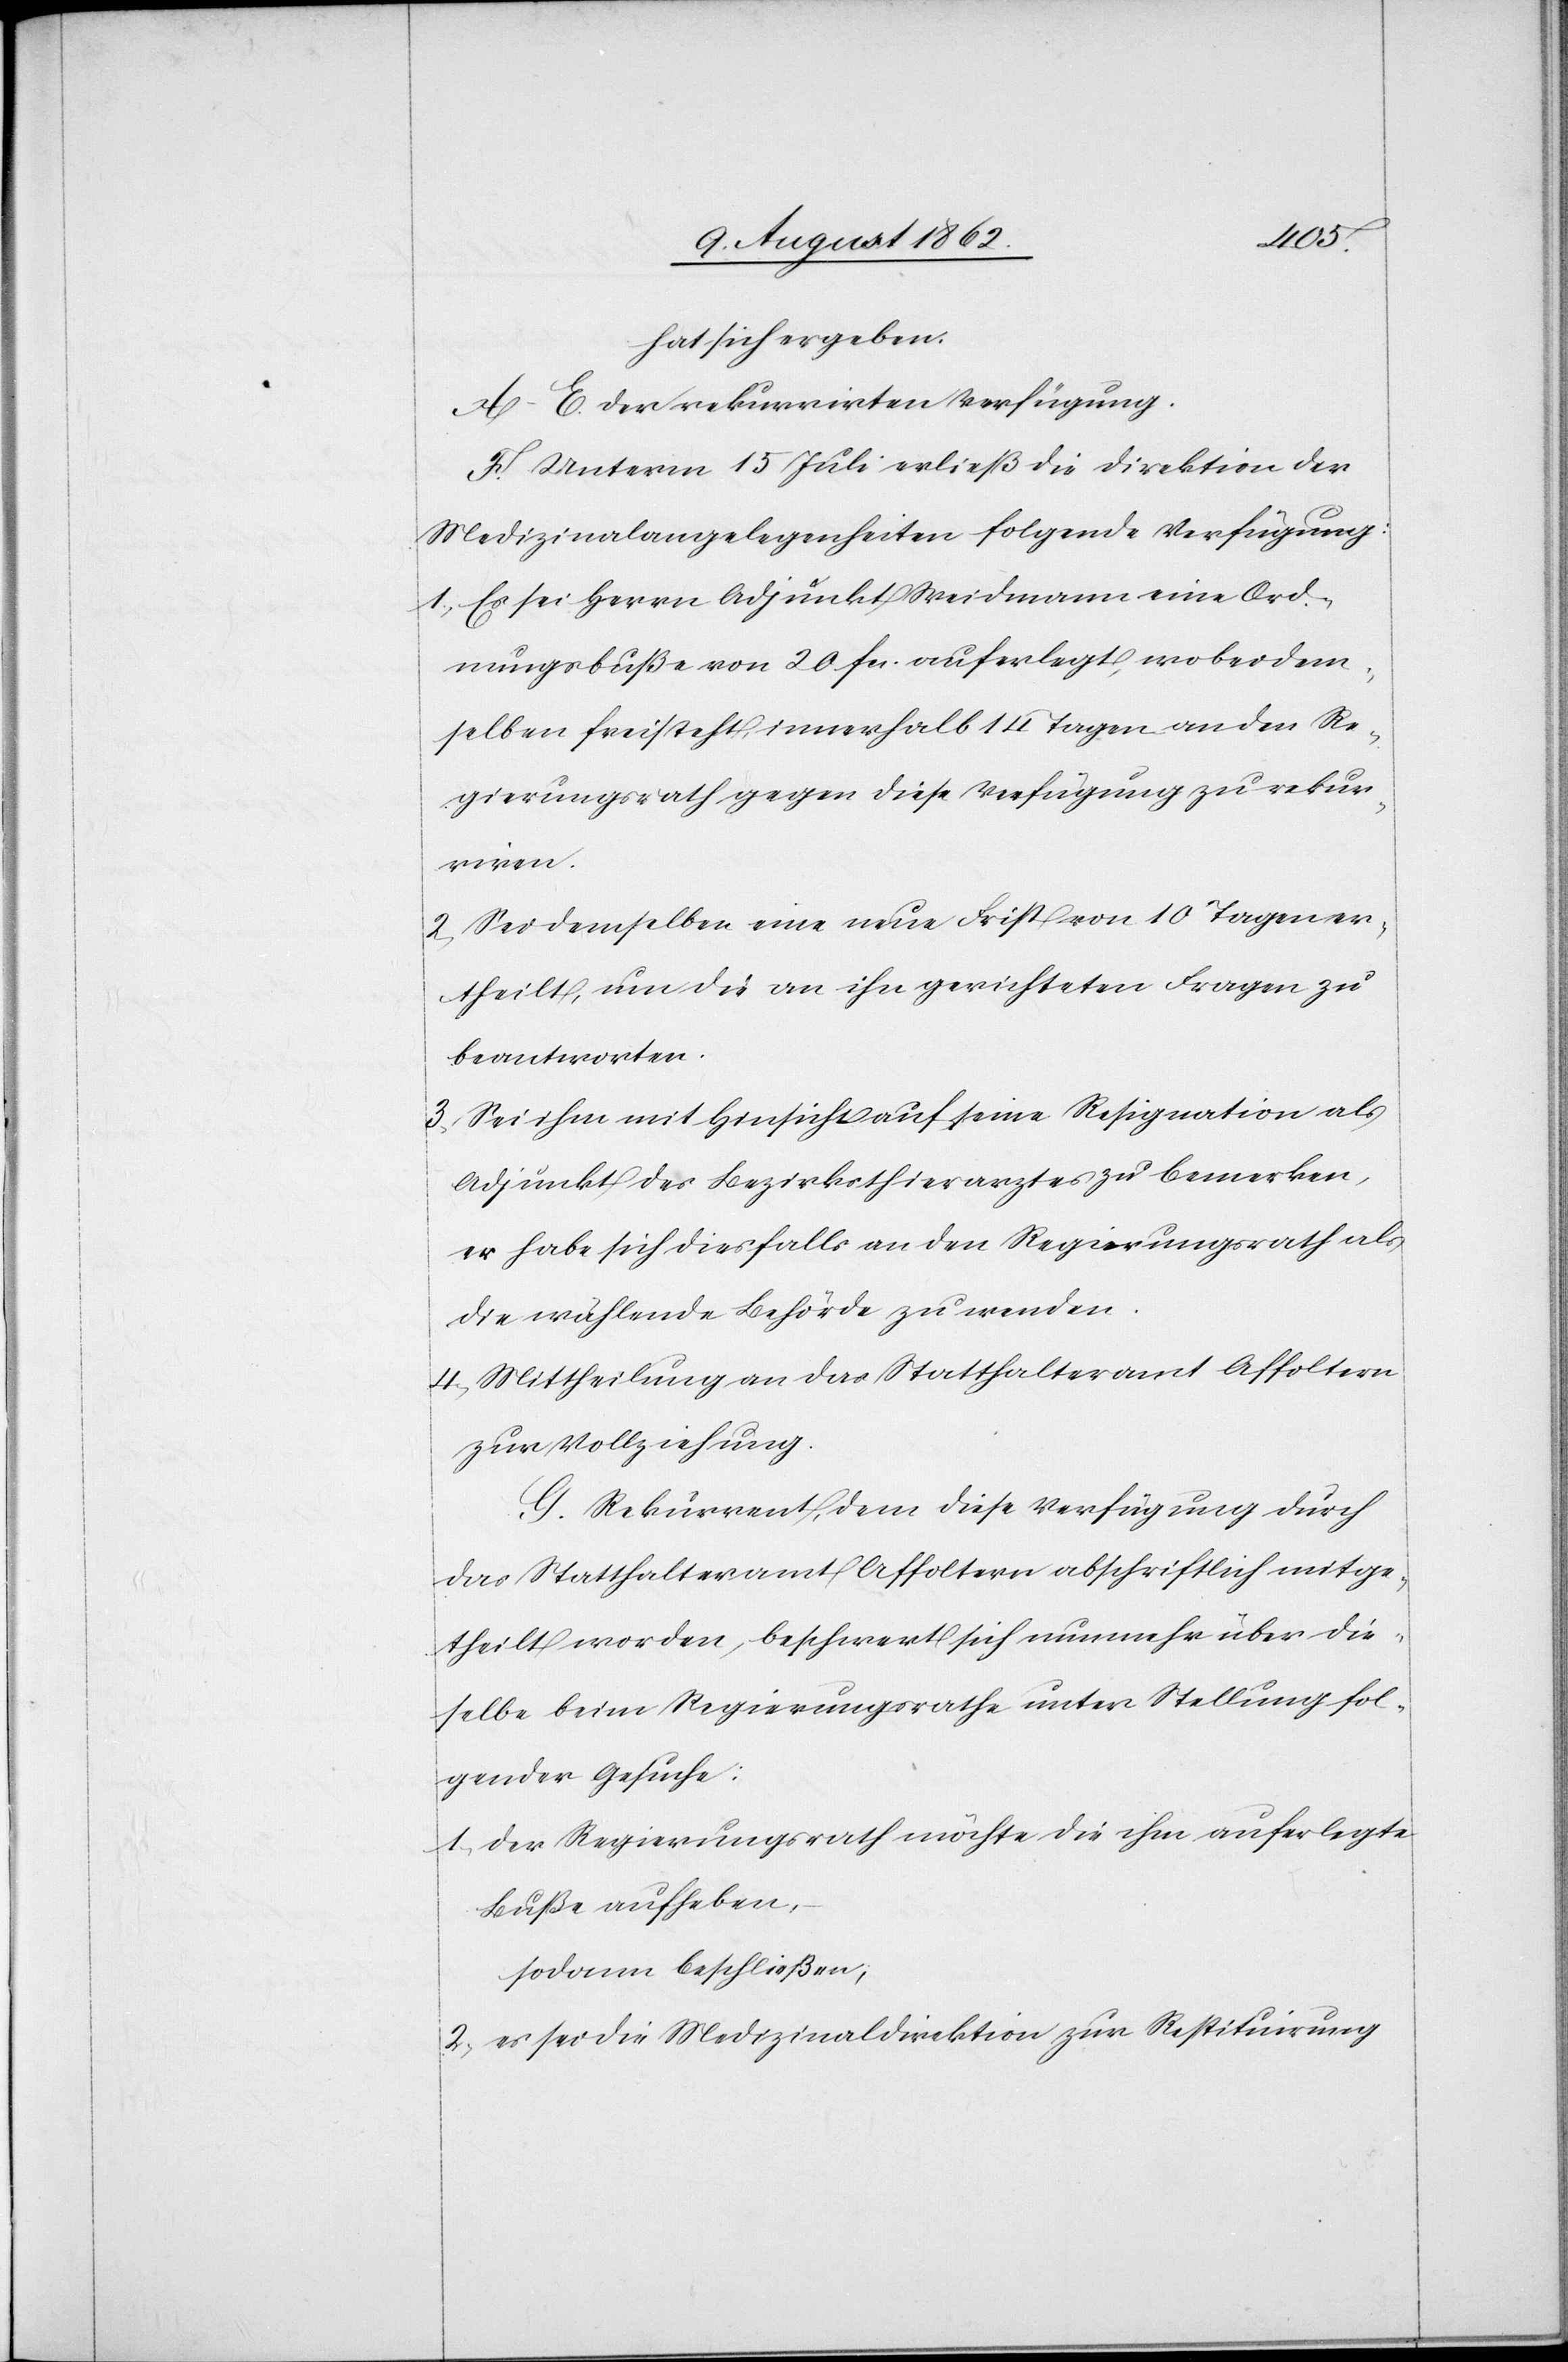
hat sich ergeben:
A–E. der rekurrirten Verfügung.
F. Unterm 15. Juli erließ die Direktion der
Medizinalangelegenheiten folgende Verfügung:
1) Es sei Herrn Adjunkt Weidmann [sic!] eine Ord¬
nungsbuße von 20 fcs. auferlegt, wobei dem¬
selben freisteht, innerhalb 14 Tagen an den Re¬
gierungsrath gegen diese Verfügung zu rekur¬
riren.
2. Sei demselben eine neue Frist von 10 Tagen er¬
theilt, um die an ihn gerichteten Fragen zu
beantworten.
3. Sei ihm mit Hinsicht auf seine Resignation als
Adjunkt des Bezirksthierarztes zu bemerken,
er habe sich diesfalls an den Regierungsrath als
die wählende Behörde zu wenden.
4. Mittheilung an das Statthalteramt Affoltern
zur Vollziehung.
G. Rekurrent, dem diese Verfügung durch
das Statthalteramt Affoltern abschriftlich mitge¬
theilt worden, beschwert sich nunmehr über die¬
selbe beim Regierungsrathe unter Stellung fol¬
gender Gesuche:
1. der Regierungsrath möchte die ihm auferlegte
Buße aufheben,
sodann beschließen,
2. es sei die Medizinaldirektion zur Restituirung